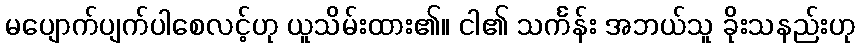
မပျောက်ပျက်ပါစေလင့်ဟု ယူသိမ်းထား၏။ ငါ၏ သင်္ကန်း အဘယ်သူ ခိုးသနည်းဟု